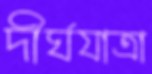
দীর্ঘযাত্রা